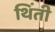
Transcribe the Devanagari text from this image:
थिंती